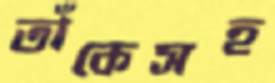
তাঁকেসহ